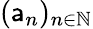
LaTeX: (\mathsf{a}_{n})_{n\in\mathbb{{N}}}